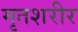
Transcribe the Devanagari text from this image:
मृतशरीर